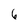
Character: 6